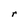
Character: r